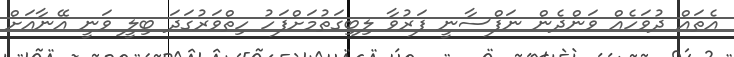
އެތައް ދުވަހެއް ވަންދެން ނަފްސާނީ ފަރުވާ ލިބިގަތުމަށްފަހު ހިތްވަރުގަދަ ބިލީ ވަނީ އޭނާއަށް